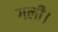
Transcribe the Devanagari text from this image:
गली।